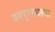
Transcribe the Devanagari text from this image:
जयपूरमधल्या